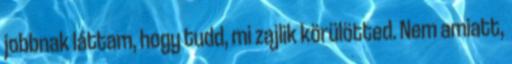
jobbnak láttam, hogy tudd, mi zajlik körülötted. Nem amiatt,